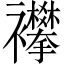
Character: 襻